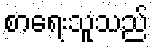
စာရေးသူသည်